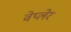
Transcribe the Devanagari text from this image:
वेप्लेर